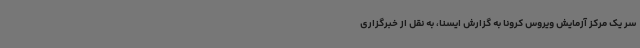
سر یک مرکز آزمایش ویروس کرونا به گزارش ایسنا، به نقل از خبرگزاری